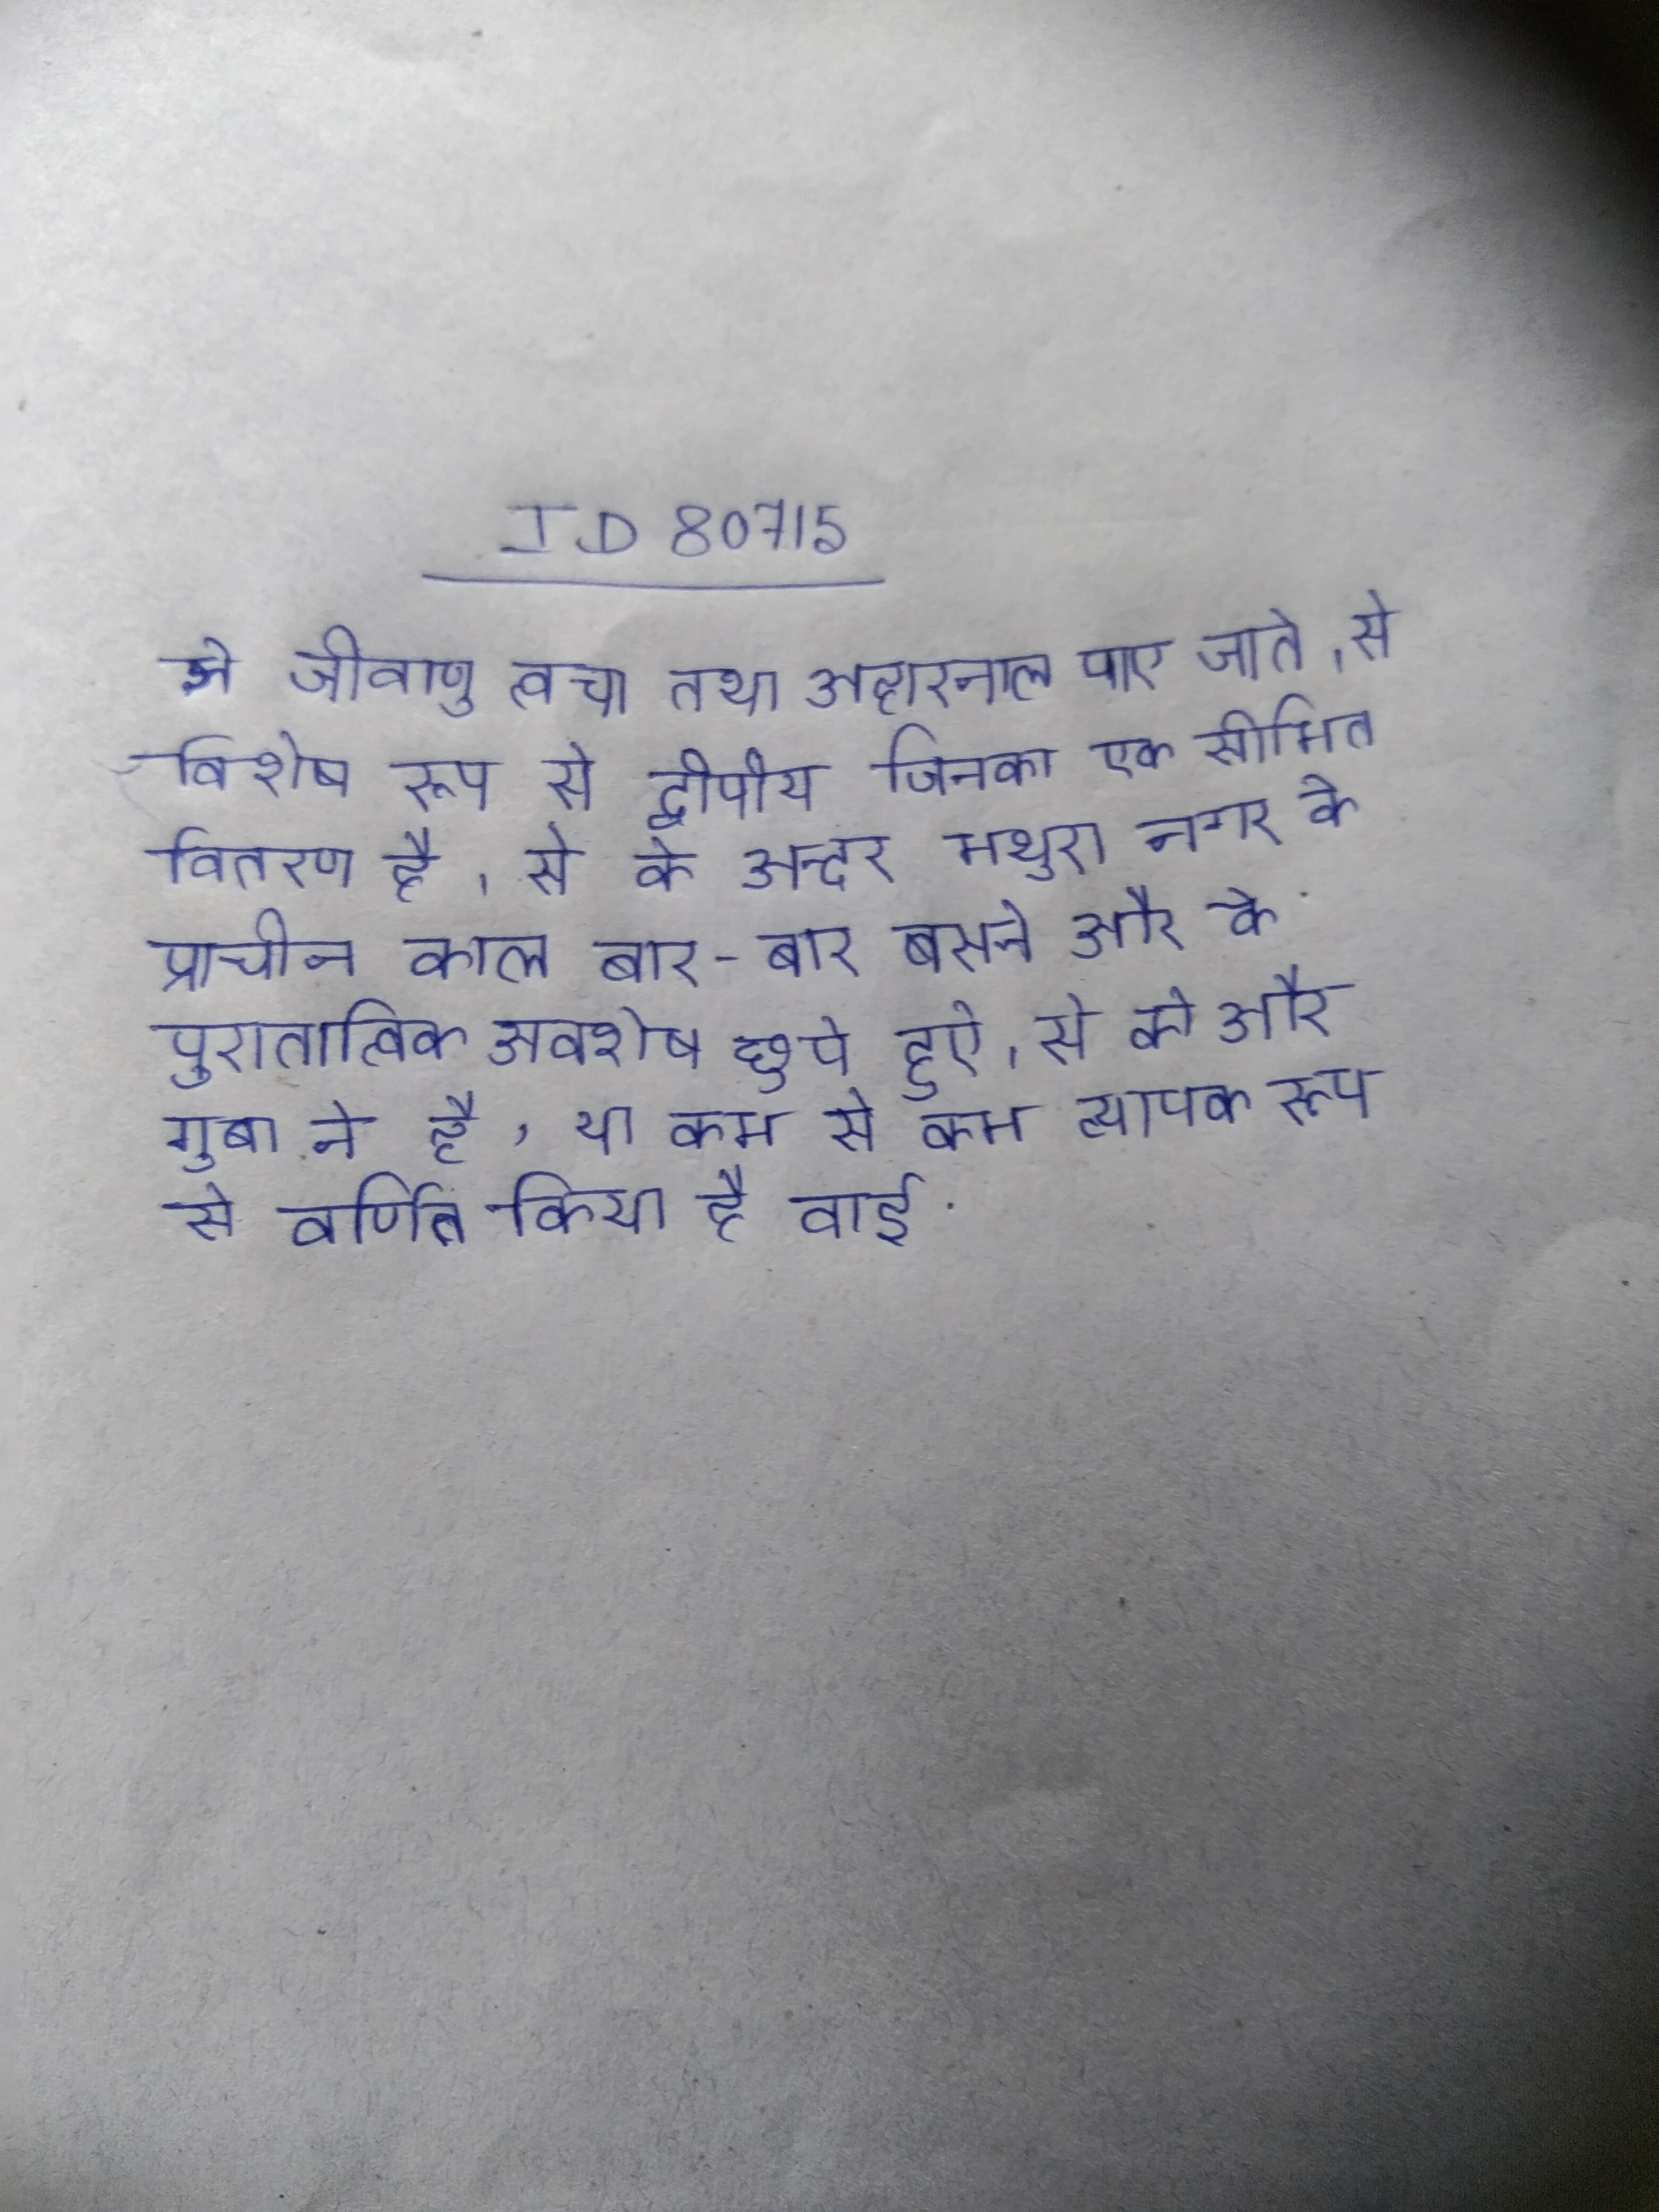
से जीवाणु त्वचा तथा अहारनाल पाए जाते । से विशेष रूप से द्वीपीय जिनका एक सीमित वितरण है । से के अन्दर मथुरा नगर के प्राचीन काल बार-बार बसने और के पुरातात्विक अवशेष छुपे हुऐ । से को और गुबा ने है, या कम से कम व्यापक रूप से वर्णित किया है वाई .